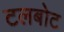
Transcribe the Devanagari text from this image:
टलबोट